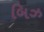
બિઝ